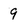
Character: 9